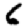
Digit: 6